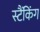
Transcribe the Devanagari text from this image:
स्टैंकिंग